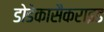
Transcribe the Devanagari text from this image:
डोडेकासैकराइड